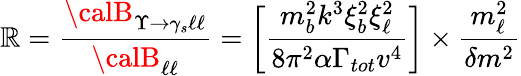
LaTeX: {\cal\mathbb{R}}=\frac{{{\calB}_{\Upsilon{\rightarrow}\gamma_{s}\ell\ell}}}{{{\calB}_{\ell\ell}}}=\biggl[\frac{{m_{b}^{2}k^{3}\xi_{b}^{2}\xi_{\ell}^{2}}}{{8\pi^{2}{\alpha}\Gamma_{tot}v^{4}}}\biggr]\times\frac{{m_{\ell}^{2}}}{{{\delta}m^{2}}}